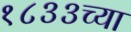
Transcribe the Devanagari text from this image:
१८३३च्या